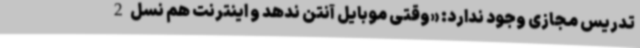
تدریس مجازی وجود ندارد: «وقتی موبایل آنتن ندهد و اینترنت هم نسل 2